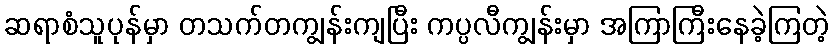
ဆရာစံသူပုန်မှာ တသက်တကျွန်းကျပြီး ကပ္ပလီကျွန်းမှာ အကြာကြီးနေခဲ့ကြတဲ့